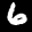
Label: 6